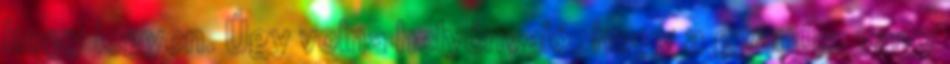
hogy legyen. Úgy volna helyénvaló, hogy a gyanús, vagy